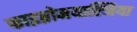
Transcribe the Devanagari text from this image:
फाइब्रोमयाल्जिया